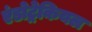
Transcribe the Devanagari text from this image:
एंडोट्रेकियल